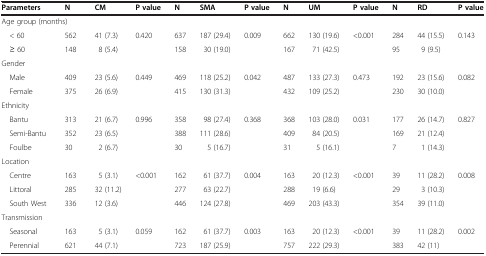
<table><thead><tr><td><b>Parameters</b></td><td><b>N</b></td><td><b>CM</b></td><td><b>P value</b></td><td><b>N</b></td><td><b>SMA</b></td><td><b>P value</b></td><td><b>N</b></td><td><b>UM</b></td><td><b>P value</b></td><td><b>N</b></td><td><b>RD</b></td><td><b>P value</b></td></tr></thead><tbody><tr><td colspan="2">Age group (months)</td><td> </td><td> </td><td> </td><td> </td><td> </td><td> </td><td> </td><td> </td><td> </td><td> </td><td> </td></tr><tr><td> &lt; 60</td><td>562</td><td>41 (7.3)</td><td rowspan="2">0.420</td><td>637</td><td>187 (29.4)</td><td rowspan="2">0.009</td><td>662</td><td>130 (19.6)</td><td rowspan="2">&lt;0.001</td><td>284</td><td>44 (15.5)</td><td rowspan="2">0.143</td></tr><tr><td> ≥ 60</td><td>148</td><td>8 (5.4)</td><td>158</td><td>30 (19.0)</td><td>167</td><td>71 (42.5)</td><td>95</td><td>9 (9.5)</td></tr><tr><td>Gender</td><td> </td><td> </td><td> </td><td> </td><td> </td><td> </td><td> </td><td> </td><td> </td><td> </td><td> </td><td> </td></tr><tr><td> Male</td><td>409</td><td>23 (5.6)</td><td rowspan="2">0.449</td><td>469</td><td>118 (25.2)</td><td rowspan="2">0.042</td><td>487</td><td>133 (27.3)</td><td rowspan="2">0.473</td><td>192</td><td>23 (15.6)</td><td rowspan="2">0.082</td></tr><tr><td> Female</td><td>375</td><td>26 (6.9)</td><td>415</td><td>130 (31.3)</td><td>432</td><td>109 (25.2)</td><td>230</td><td>30 (10.0)</td></tr><tr><td>Ethnicity</td><td> </td><td> </td><td> </td><td> </td><td> </td><td> </td><td> </td><td> </td><td> </td><td> </td><td> </td><td> </td></tr><tr><td> Bantu</td><td>313</td><td>21 (6.7)</td><td rowspan="3">0.996</td><td>358</td><td>98 (27.4)</td><td rowspan="3">0.368</td><td>368</td><td>103 (28.0)</td><td rowspan="3">0.031</td><td>177</td><td>26 (14.7)</td><td rowspan="3">0.827</td></tr><tr><td> Semi-Bantu</td><td>352</td><td>23 (6.5)</td><td>388</td><td>111 (28.6)</td><td>409</td><td>84 (20.5)</td><td>169</td><td>21 (12.4)</td></tr><tr><td> Foulbe</td><td>30</td><td>2 (6.7)</td><td>30</td><td>5 (16.7)</td><td>31</td><td>5 (16.1)</td><td>7</td><td>1 (14.3)</td></tr><tr><td>Location</td><td> </td><td> </td><td> </td><td> </td><td> </td><td> </td><td> </td><td> </td><td> </td><td> </td><td> </td><td> </td></tr><tr><td> Centre</td><td>163</td><td>5 (3.1)</td><td rowspan="3">&lt;0.001</td><td>162</td><td>61 (37.7)</td><td rowspan="3">0.004</td><td>163</td><td>20 (12.3)</td><td rowspan="3">&lt;0.001</td><td>39</td><td>11 (28.2)</td><td rowspan="3">0.008</td></tr><tr><td> Littoral</td><td>285</td><td>32 (11.2)</td><td>277</td><td>63 (22.7)</td><td>288</td><td>19 (6.6)</td><td>29</td><td>3 (10.3)</td></tr><tr><td> South West</td><td>336</td><td>12 (3.6)</td><td>446</td><td>124 (27.8)</td><td>469</td><td>203 (43.3)</td><td>354</td><td>39 (11.0)</td></tr><tr><td>Transmission</td><td> </td><td> </td><td> </td><td> </td><td> </td><td> </td><td> </td><td> </td><td> </td><td> </td><td> </td><td> </td></tr><tr><td> Seasonal</td><td>163</td><td>5 (3.1)</td><td>0.059</td><td>162</td><td>61 (37.7)</td><td>0.003</td><td>163</td><td>20 (12.3)</td><td>&lt;0.001</td><td>39</td><td>11 (28.2)</td><td>0.002</td></tr><tr><td> Perennial</td><td>621</td><td>44 (7.1)</td><td> </td><td>723</td><td>187 (25.9)</td><td> </td><td>757</td><td>222 (29.3)</td><td> </td><td>383</td><td>42 (11)</td><td> </td></tr></tbody></table>